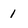
Character: 1